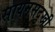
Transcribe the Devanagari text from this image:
सायनसदुखी